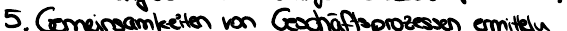
5. Gemeinsamkeiten von Geschäftsprozessen ermitteln